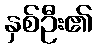
နှစ်ဦး၏